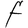
Character: F